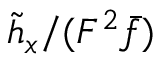
\tilde { h } _ { x } / ( F ^ { 2 } \bar { f } )